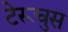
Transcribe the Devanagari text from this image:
टेरूचुस